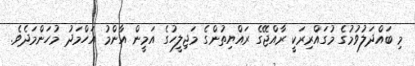
މި ބައްދަލުވުމުގެ މުގައްރިރަކީ ރާއްޖޭގެ ރައްޔިތުންގެ މަޖިލީހުގެ އަމީން އާންމު އަހްމަދު މުހަންމަދެވެ.